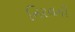
નિરવની